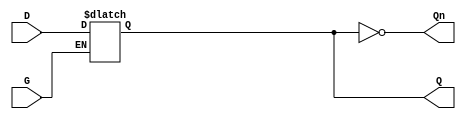
module async_gated_latch (
    input wire D,     // Data input
    input wire G,     // Gate input
    output reg Q,     // Output
    output wire Qn    // Inverted output
);

// Invert the output Q to get Qn
assign Qn = ~Q;

// Always block that captures the value of D based on G
always @(*) begin
    if (G) begin
        Q = D; // When G is high, latch follows D
    end
    // When G is low, Q retains its last value
end

endmodule